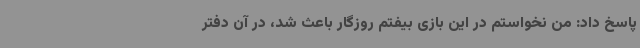
پاسخ داد: من نخواستم در این بازی بیفتم روزگار باعث شد، در آن دفتر